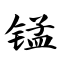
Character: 锰